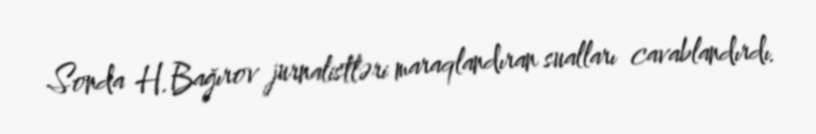
Sonda H.Bağırov jurnalistləri maraqlandıran sualları cavablandırdı.